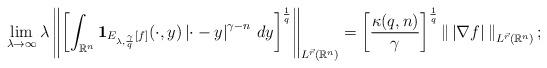
LaTeX: \begin{align*}&\lim_{\lambda\to\infty}\lambda\left\|\left[\int_{\mathbb{R}^n}\mathbf{1}_{E_{\lambda,\frac{\gamma}{q}}[f]}(\cdot,y)\left|\cdot-y\right|^{\gamma-n}\,dy\right]^\frac{1}{q}\right\|_{L^{\vec{r}}(\mathbb{R}^n)}=\left[\frac{\kappa(q,n)}{\gamma}\right]^\frac{1}{q}\left\|\,\left|\nabla f\right|\,\right\|_{L^{\vec{r}}(\mathbb{R}^n)};\end{align*}